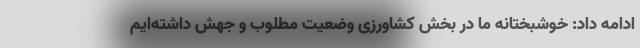
ادامه داد: خوشبختانه ما در بخش کشاورزی وضعیت مطلوب و جهش داشته‌ایم